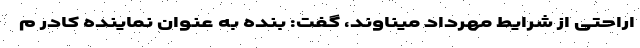
اراحتی از شرایط مهرداد میناوند، گفت: بنده به عنوان نماینده کادر م